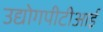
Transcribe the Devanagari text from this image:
उद्योगपीटीआई